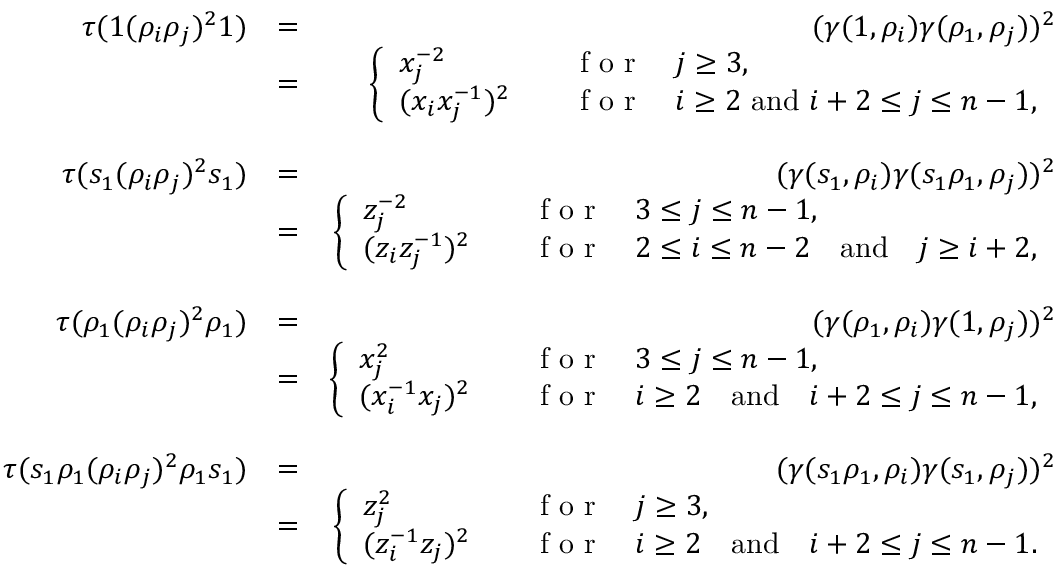
\begin{array} { r l r } { \tau ( 1 ( \rho _ { i } \rho _ { j } ) ^ { 2 } 1 ) } & { = } & { ( \gamma ( 1 , \rho _ { i } ) \gamma ( \rho _ { 1 } , \rho _ { j } ) ) ^ { 2 } } \\ & { = } & { \left\{ \begin{array} { l l } { x _ { j } ^ { - 2 } ~ } & { \quad \textrm { f o r } \quad j \geq 3 , } \\ { ( x _ { i } x _ { j } ^ { - 1 } ) ^ { 2 } } & { \quad \textrm { f o r } \quad i \geq 2 \mathrm { ~ a n d ~ } i + 2 \leq j \leq n - 1 , } \end{array} \right. } \\ & { } & \\ { \tau ( s _ { 1 } ( \rho _ { i } \rho _ { j } ) ^ { 2 } s _ { 1 } ) } & { = } & { ( \gamma ( s _ { 1 } , \rho _ { i } ) \gamma ( s _ { 1 } \rho _ { 1 } , \rho _ { j } ) ) ^ { 2 } } \\ & { = } & { \left\{ \begin{array} { l l } { z _ { j } ^ { - 2 } } & { \quad \textrm { f o r } \quad 3 \leq j \leq n - 1 , } \\ { ( z _ { i } z _ { j } ^ { - 1 } ) ^ { 2 } } & { \quad \textrm { f o r } \quad 2 \leq i \leq n - 2 \quad \mathrm { a n d } \quad j \geq i + 2 , } \end{array} \right. } \\ & { } & \\ { \tau ( \rho _ { 1 } ( \rho _ { i } \rho _ { j } ) ^ { 2 } \rho _ { 1 } ) } & { = } & { ( \gamma ( \rho _ { 1 } , \rho _ { i } ) \gamma ( 1 , \rho _ { j } ) ) ^ { 2 } } \\ & { = } & { \left\{ \begin{array} { l l } { x _ { j } ^ { 2 } } & { \quad \textrm { f o r } \quad 3 \leq j \leq n - 1 , } \\ { ( x _ { i } ^ { - 1 } x _ { j } ) ^ { 2 } } & { \quad \textrm { f o r } \quad i \geq 2 \quad \mathrm { a n d } \quad i + 2 \leq j \leq n - 1 , } \end{array} \right. } \\ & { } & \\ { \tau ( s _ { 1 } \rho _ { 1 } ( \rho _ { i } \rho _ { j } ) ^ { 2 } \rho _ { 1 } s _ { 1 } ) } & { = } & { ( \gamma ( s _ { 1 } \rho _ { 1 } , \rho _ { i } ) \gamma ( s _ { 1 } , \rho _ { j } ) ) ^ { 2 } } \\ & { = } & { \left\{ \begin{array} { l l } { z _ { j } ^ { 2 } } & { \quad \textrm { f o r } \quad j \geq 3 , } \\ { ( z _ { i } ^ { - 1 } z _ { j } ) ^ { 2 } } & { \quad \textrm { f o r } \quad i \geq 2 \quad \mathrm { a n d } \quad i + 2 \leq j \leq n - 1 . } \end{array} \right. } \end{array}